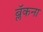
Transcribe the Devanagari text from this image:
ब्लॅकना